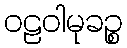
ဝဠဝါမုခဉ္စ